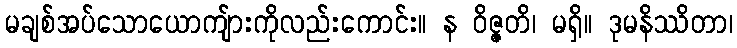
မချစ်အပ်သောယောကျ်ားကိုလည်းကောင်း။ န ဝိဇ္ဇတိ၊ မရှိ။ ဒုမနိဿိတာ၊